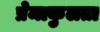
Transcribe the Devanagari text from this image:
प्रेमाकुलता